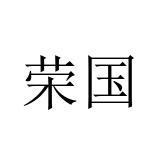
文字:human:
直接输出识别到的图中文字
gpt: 荣国